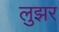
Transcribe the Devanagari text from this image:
लुझर